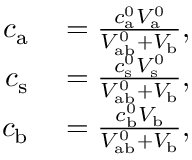
\begin{array} { r l } { c _ { \mathrm { a } } } & { { } = \frac { c _ { \mathrm { a } } ^ { 0 } V _ { \mathrm { a } } ^ { 0 } } { V _ { \mathrm { a b } } ^ { 0 } + V _ { \mathrm { b } } } , } \\ { c _ { \mathrm { s } } } & { { } = \frac { c _ { \mathrm { s } } ^ { 0 } V _ { \mathrm { s } } ^ { 0 } } { V _ { \mathrm { a b } } ^ { 0 } + V _ { \mathrm { b } } } , } \\ { c _ { \mathrm { b } } } & { { } = \frac { c _ { \mathrm { b } } ^ { 0 } V _ { \mathrm { b } } } { V _ { \mathrm { a b } } ^ { 0 } + V _ { \mathrm { b } } } , } \end{array}